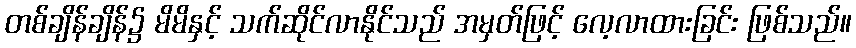
တစ်ချိန်ချိန်၌ မိမိနှင့် သက်ဆိုင်လာနိုင်သည် အမှတ်ဖြင့် လေ့လာထားခြင်း ဖြစ်သည်။